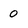
Character: 0